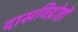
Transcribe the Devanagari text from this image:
दासविद्रोहों